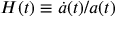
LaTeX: H ( t ) \equiv { \dot { a } } ( t ) / a ( t )